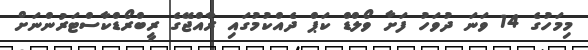
މިމަހުގެ 14 ވަނަ ދުވަހު ފަށާ ވޯލްޑް ކަޕް ދެއްކުމުގައި ރާއްޖޭގެ ރީބްރޯޑްކާސްޓަރުންނަށް